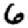
Digit: 6